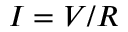
I = V / R